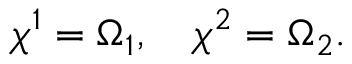
\chi ^ { 1 } = \Omega _ { 1 } , ~ ~ ~ \chi ^ { 2 } = \Omega _ { 2 } .